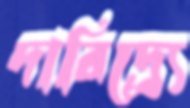
দারিদ্র্র্যে